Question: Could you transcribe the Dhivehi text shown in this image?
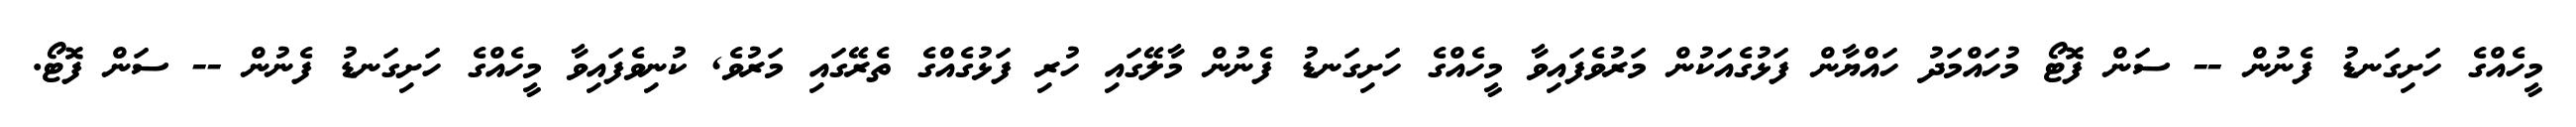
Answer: މީހެއްގެ ހަށިގަނޑު ފެނުން -- ސަން ފޮޓޯ މުހައްމަދު ހައްޔާން ފަޅުގެއަކުން މަރުވެފައިވާ މީހެއްގެ ހަށިގަނޑު ފެނުން މާލޭގައި ހުރި ފަޅުގެއްގެ ތެރޭގައި މަރުވެ, ކުނިވެފައިވާ މީހެއްގެ ހަށިގަނޑު ފެނުން -- ސަން ފޮޓޯ.